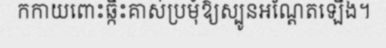
កកាយពោះឆ្កឹះគាស់ប្រមុំឱ្យស្បូនអណ្តែតឡើង។